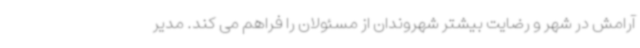
آرامش در شهر و رضایت بیشتر شهروندان از مسئولان را فراهم می کند. مدیر